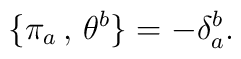
\qquad \{ \pi_a\,,\,\theta^b \} = - \delta^b_a .